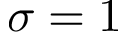
\sigma = 1